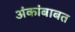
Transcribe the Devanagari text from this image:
अंकांबाबत